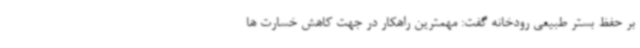
بر حفظ بستر طبیعی رودخانه گفت: مهمترین راهکار در جهت کاهش خسارت ها